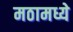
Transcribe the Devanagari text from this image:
मठामध्ये